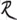
Text: R